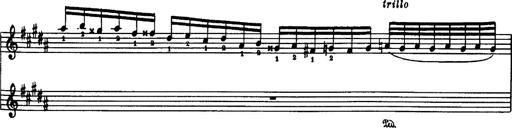
Title: Danza sacra e duetto finale dâ€™Aida
Composer: Franz Liszt